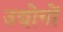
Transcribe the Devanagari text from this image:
उद्योनों